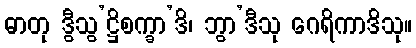
ဓာတု ဒွီသွ’ဋ္ဌိစက္ခာ’ဒိ၊ ဘွာ’ဒီသု ဂေရိကာဒိသု။